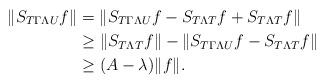
LaTeX: \begin{align*}\|S_{T\Gamma\Lambda U}f\|&=\|S_{T\Gamma\Lambda U}f-S_{T\Lambda T}f+S_{T\Lambda T}f\| \\& \ge\|S_{T\Lambda T}f\|-\|S_{T\Gamma\Lambda U}f-S_{T\Lambda T}f\|\\&\ge(A-\lambda)\|f\|.\end{align*}